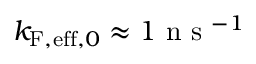
k _ { \mathrm { F , e f f } , 0 } \approx 1 \mathrm { ~ n ~ s ~ } ^ { - 1 }